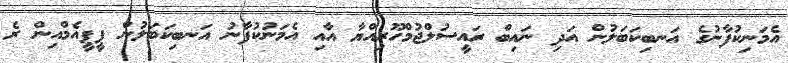
އެމަނިކުފާނުގެ އަނބިކަބަލުން އަދި ނައިބް ރައީސުލްޖުމްހޫރިއްޔާ އާއި އެމަނުކުފާނު އަނބިކަބަލުން ޕީޕީއެމްއިން ރެ